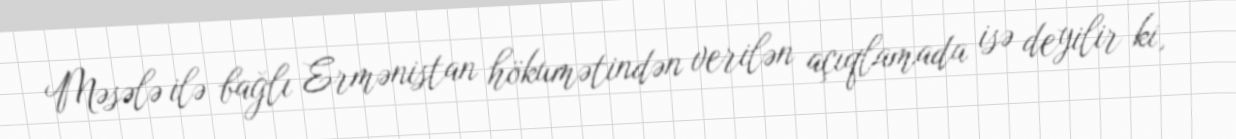
Məsələ ilə bağlı Ermənistan hökumətindən verilən açıqlamada isə deyilir ki,